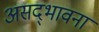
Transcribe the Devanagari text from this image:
असद्‍भावना